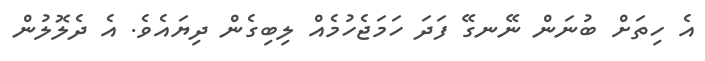
އެ ހިތަށް ބުނަން ނޭނގޭ ފަދަ ހަމަޖެހުމެއް ލިބިގެން ދިޔައެވެ. އެ ދެލޮލުން